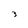
Character: 3